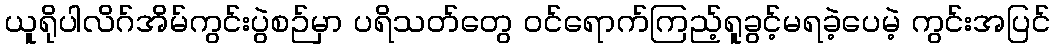
ယူရိုပါလိဂ်အိမ်ကွင်းပွဲစဉ်မှာ ပရိသတ်တွေ ဝင်ရောက်ကြည့်ရူခွင့်မရခဲ့ပေမဲ့ ကွင်းအပြင်